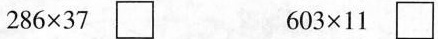
$$2 8 6 \times 3 7$$ $$6 0 3 \times 1 1$$